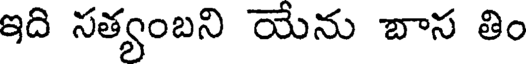
ఇది సత్యంబని యేను బాస తిం